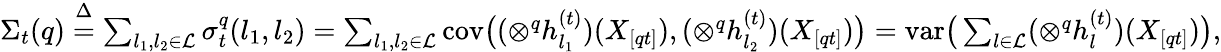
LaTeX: \begin{array}{r}{\Sigma_{t}(q)\overset{\Delta}{=}\sum_{l_{1},l_{2}\in\mathcal{L}}\sigma_{t}^{q}(l_{1},l_{2})=\sum_{l_{1},l_{2}\in\mathcal{L}}{\mathrm{cov}}\big((\otimes^{q}h_{l_{1}}^{(t)})(X_{[qt]}),(\otimes^{q}h_{l_{2}}^{(t)})(X_{[qt]})\big)={\mathrm{var}}\big(\sum_{l\in\mathcal{L}}(\otimes^{q}h_{l}^{(t)})(X_{[qt]})\big),}\end{array}